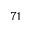
^ { 7 1 }